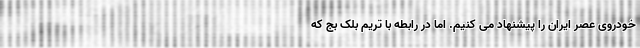
خودروی عصر ایران را پیشنهاد می کنیم. اما در رابطه با تریم بلک بج که